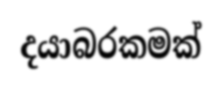
දයාබරකමක්